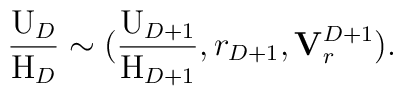
\frac{\mathrm{U}_D}{\mathrm{H}_D} \sim ( \frac{\mathrm{U}_{D+1}}{\mathrm{H}_{D+1}},r_{D+1}, {\bf V}_r^{D+1}).